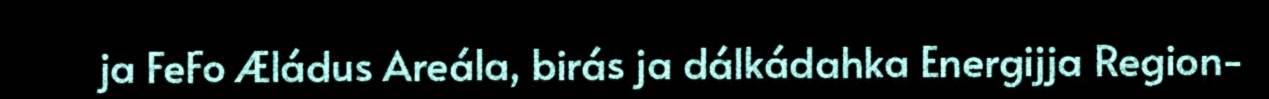
ja FeFo Æládus Areála, birás ja dálkádahka Energijja Region-